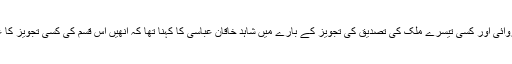
افغانستان کی جانب سے پاکستان کو ایک دوسرے کے دہشت گردوں کے خلاف کارروائی اور کسی تیسرے ملک کی تصدیق کی تجویز کے بارے میں شاہد خاقان عباسی کا کہنا تھا کہ انھیں اس قسم کی کسی تجویز کا علم نہیں اور کوئی ملک کسی دوسرے ملک کو نگرانی کی اجازت نہیں دے سکتا ہے۔